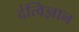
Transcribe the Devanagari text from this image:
दंत्विज्ञान